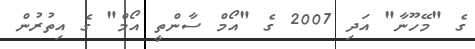
ގެ "މޭހޫނާ" އަދި 2007 ގެ "އޯމް ސާންތީ އޯމް" ގެ އިތުރުން